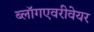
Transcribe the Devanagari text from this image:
ब्लॉगएवरीवेयर